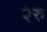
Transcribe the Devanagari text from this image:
२रु